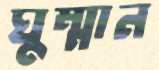
ঘুম্মান